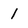
Character: 1